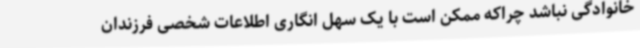
خانوادگی نباشد چراکه ممکن است با یک سهل انگاری اطلاعات شخصی فرزندان